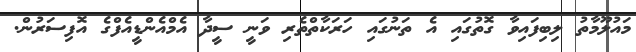
މައުލޫމާތު ލިބިފައިވާ ގޮތުގައި އެ ތަނުގައި ހަރަކާތްތެރި ވަނީ ސީދާ އެމްއެންޑީއެފްގެ އޮފިސަރުން.